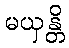
မယှန္တိ